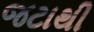
જટાથી